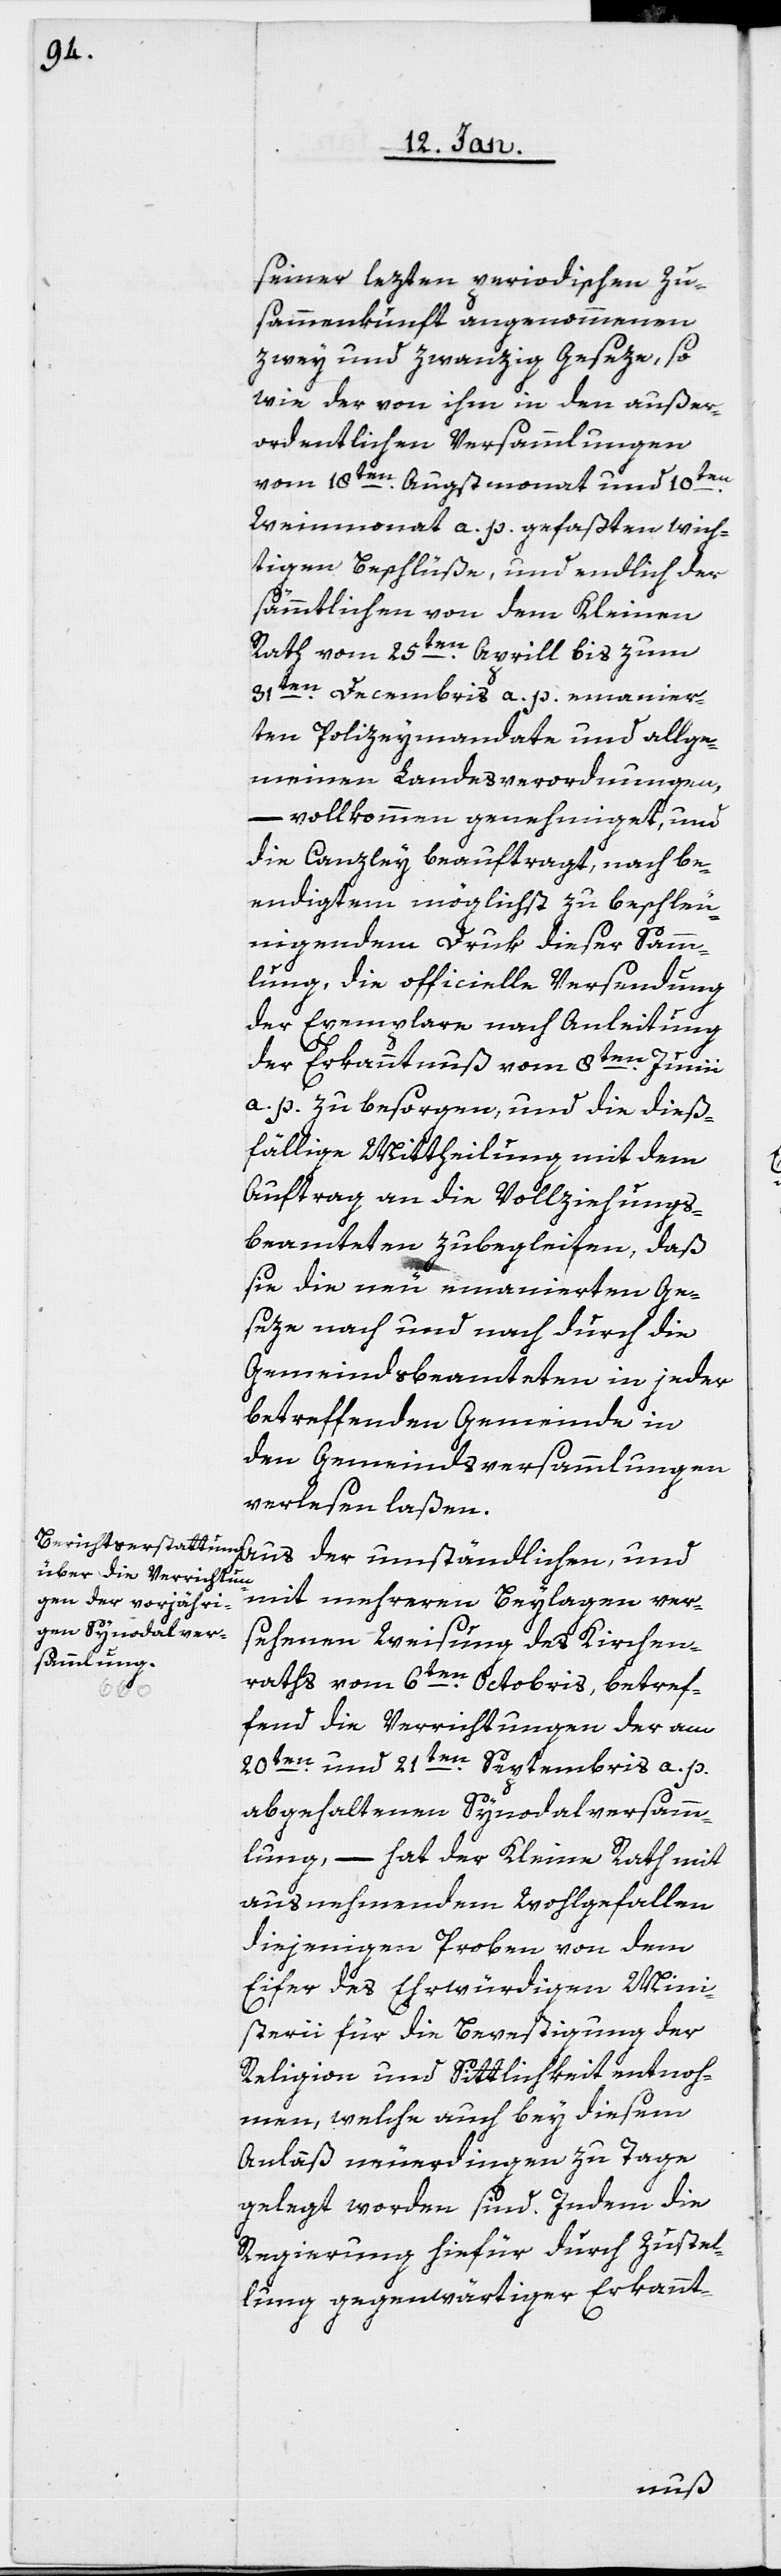
seiner lezten periodischen Zu¬
sammenkunft angenommenen
zwey und zwanzig Geseze, so
wie der von ihm in den außer¬
ordentlichen Versammlungen
vom 18ten. Augstmonat und 10t¬
Weinmonat a. p. gefaßten wich¬
tigen Beschlüße, und endlich der
sämmtlichen von dem Kleinen
Rath vom 25ten. Aprill bis zum
31sten. Decembris a. p. emanier¬
ten Polizeymandate und allge¬
meinen Landesverordnungen,
und
vollkommen genehmiget, und
die Canzley beauftragt, nach be¬
endigtem möglichst zu beschleu¬
nigendem Druk dieser Samm¬
lung, die officielle Versendung
der Exemplare nach Anleitung
der Erkanntnuß vom 8ten. Junii
a. p. zu besorgen, und die dieß¬
fällige Mittheilung mit dem
Auftrag an die Vollziehungs¬
beamteten zubegleiten, daß
sie die neu emanierten Ge¬
seze nach und nach durch die
Gemeindsbeamteten in jeder
betreffenden Gemeinde in
den Gemeindsversammlungen
verlesen laßen.
mit mehreren Beylagen ver¬
sehenen Weisung des Kirchen¬
raths vom 6ten. Octobris, betref¬
fend die Verrichtungen der am
20sten. und 21sten. Septembris a. p.
abgehaltenen Synodalversamm¬
lung, – hat der Kleine Rath mit
ausnehmendem Wohlgefallen
diejenigen Proben von dem
Eifer des Ehrwürdigen Mini¬
sterii für die Befestigung der
Religion und Sittlichkeit entnoh¬
men, welche auch bey diesem
Anläß neuerdingen zu Tage
gelegt worden sind. Indem die
Regierung hiefür durch Zustel¬
lung gegenwärtiger Erkannt-